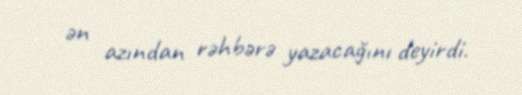
ən azından rəhbərə yazacağını deyirdi.